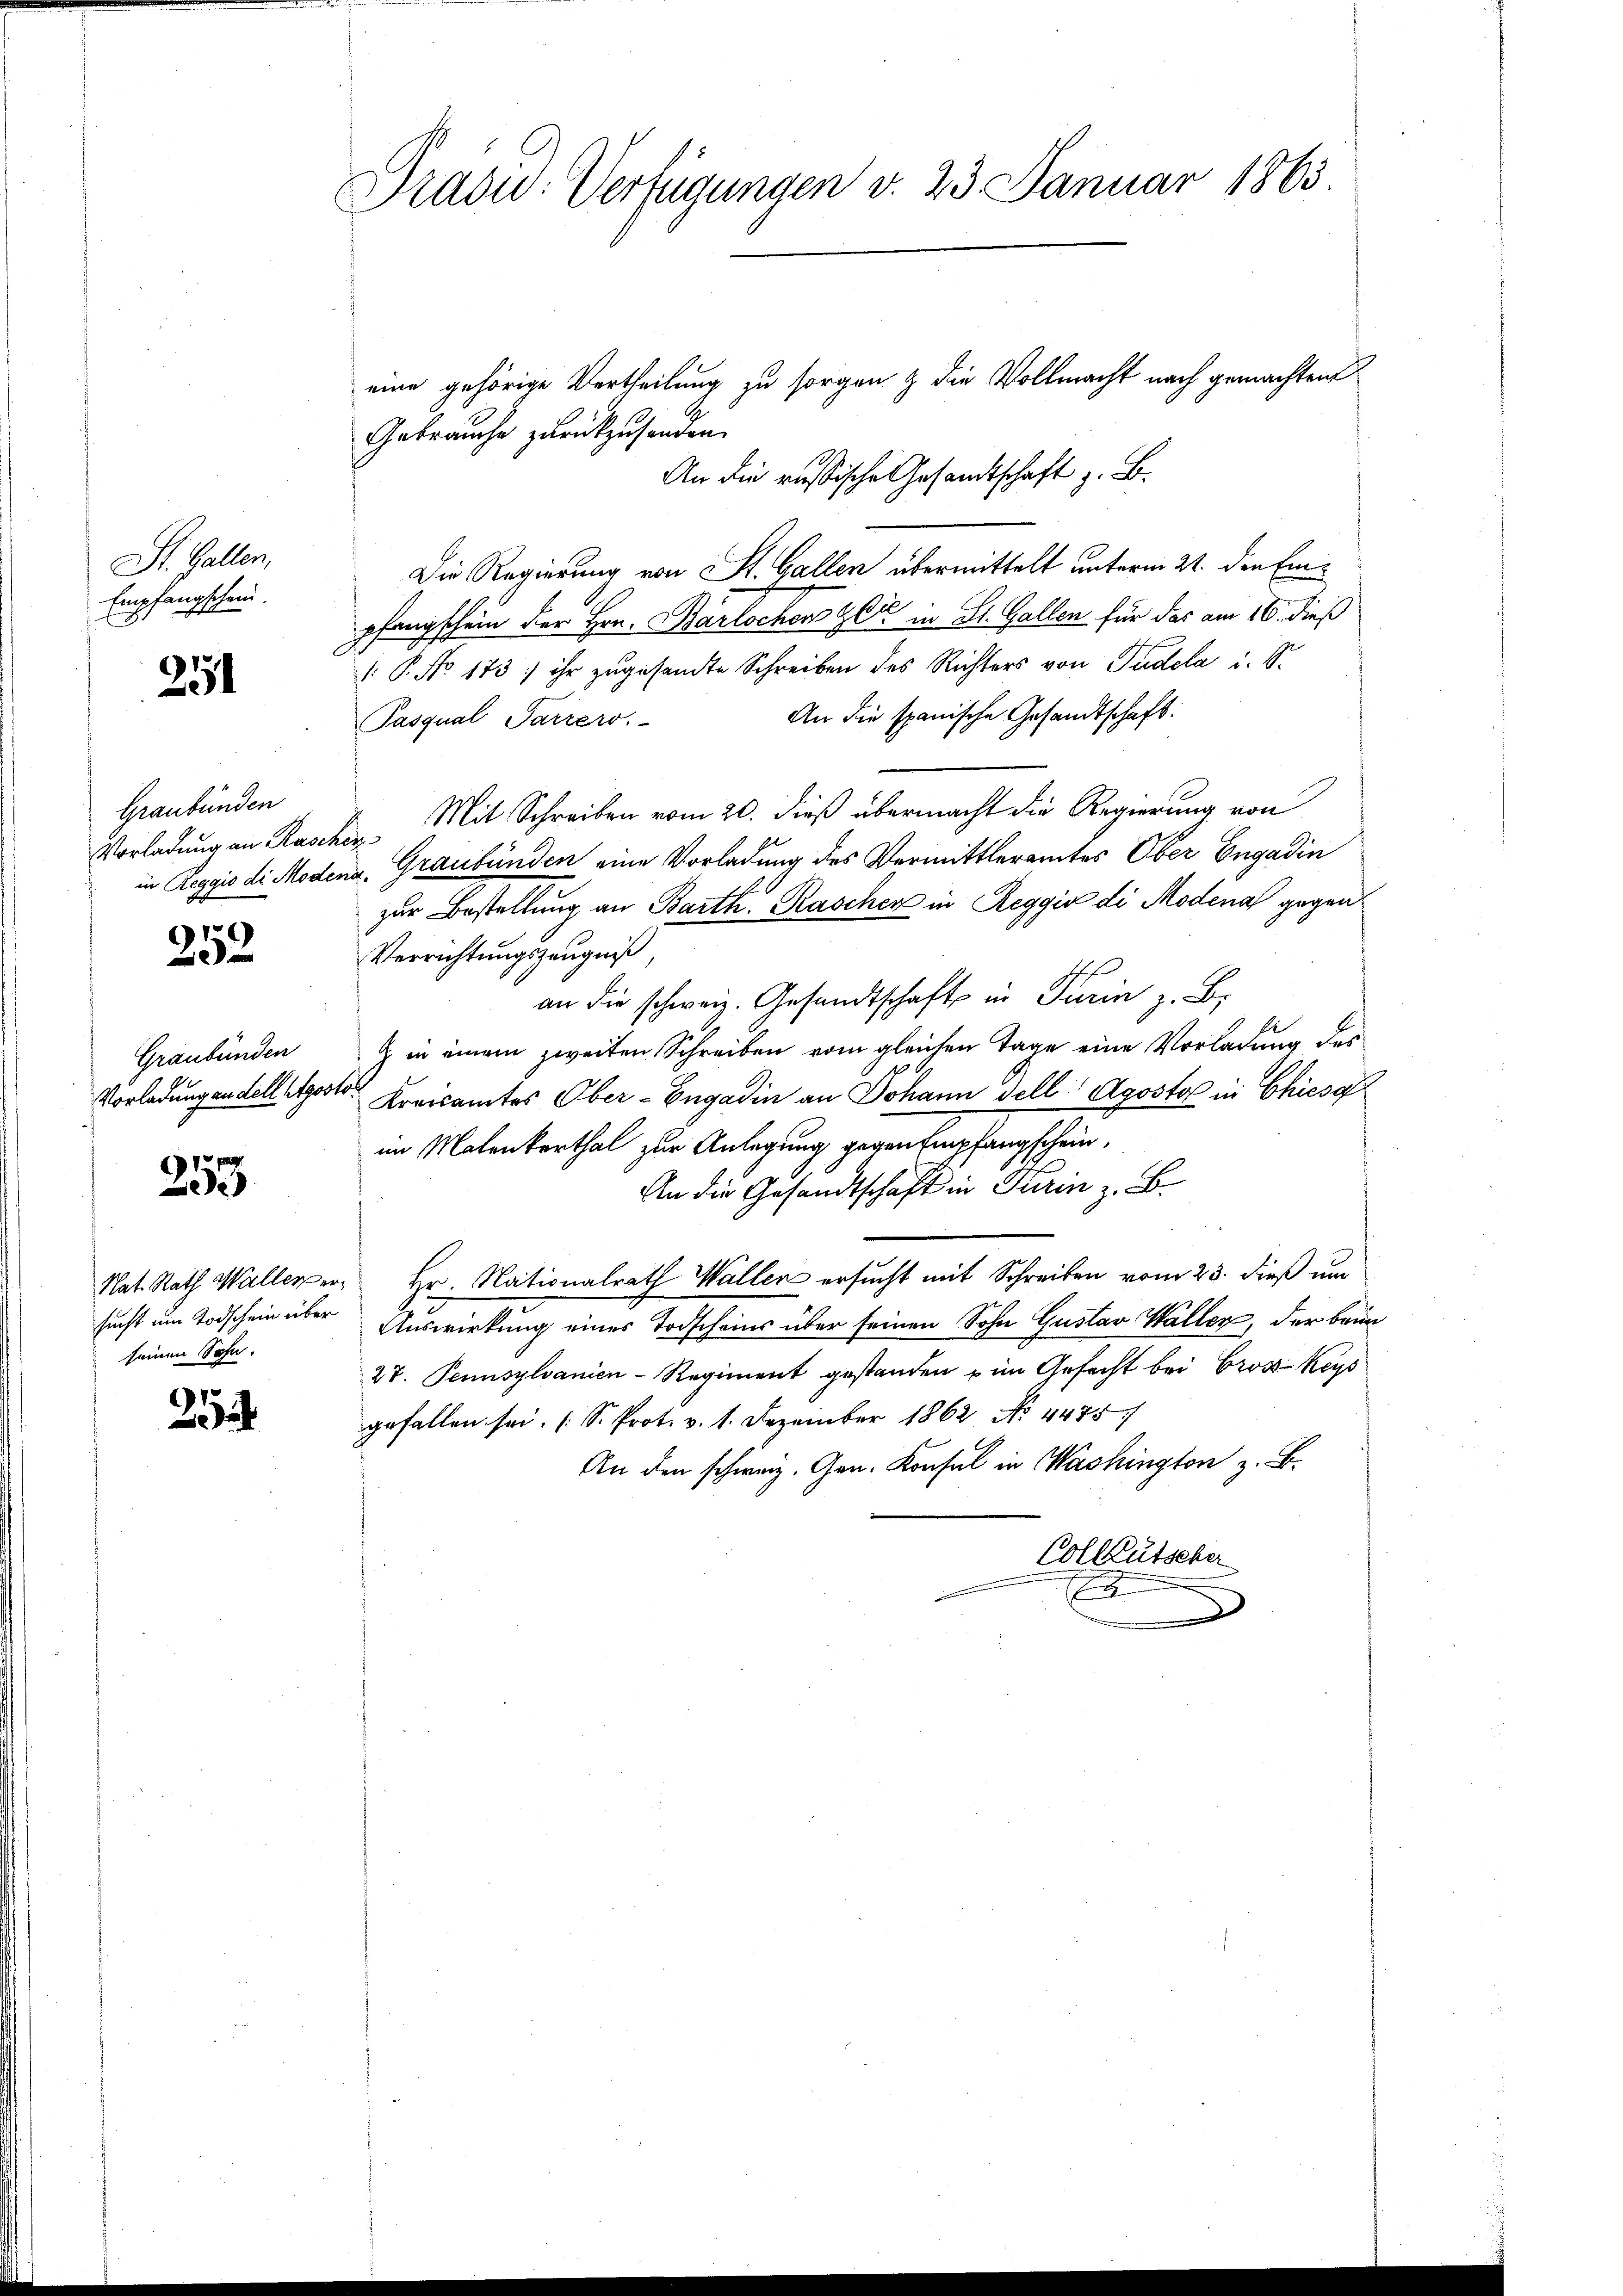
St. Gallen,
Empfangschein.

251

Graubünden

9
 x

Graubünden
Vorladung an dell Stgest

253

sucht um Todschein über
seinen Sohn.

252

Dradu: Verfügungen v. 23. Januar 1863.

eine gehörige Vertheilung zu sorgen & die Vollmacht nach gemachten
Gebrauche zurückzusenden.
An die russische Gesandtschaft z. B.
Die Regierung von St. Gallen übermittelt unterm 21. den Einpfangschein der Hrn. Barlochors Zeit in St. Gallen für das am 16. dieß
: P. No. 173; ihr zugesandte Schreiben des Richters von Pudela u. S.
An die spanische Gesandtschaft:
Pasqual Parzero.
Vorladung an Rascher Mit Schreiben vom 20. dieß übermacht die Regierung von
in Reggio di Modena, Graubünden eine Vorladung des Vermittleramtes Ober Engadin
zur Bestellung an Barth. Kascher in Reggio di Modena gegen¬
Verrichtungszeugniß
an die schweiz. Gesandtschaft in Turin z. B.
 in einem zweiten Schreiben vom gleichen Tage eine Vorladung des
Kreisamtes Ober-Engadin an Johann dell Agosto in Chiesa
im Malenterthal zur Anlegung gegen Empfangschein,
An die Gesandtschaft in Turin z. B.
Nat. Rath Wallerer Hr. Nationalrath Waller ersucht mit Schreiben vom 23. dieß um
Auswirkung eines Todscheins über seinen Sohn Gustav Waller, der beim
27. Pennsylvanien-Regiment gestanden u im Gefecht bei Gross-Kays
gefallen sei. (S. Prot. v. 1. Dezember 1862 No 4475/
An den schweiz. Gen. Konsul in Washington z. B.
Collkutscher
E